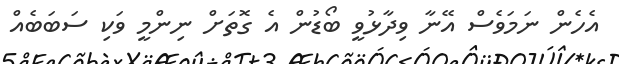
އެހެން ނަމަވެސް އޭނާ ވިދާޅުވީ ބޯޑުން އެ ގޮތަށް ނިންމީ ވަކި ސަބަބެއް